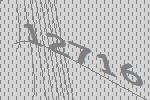
12716